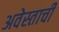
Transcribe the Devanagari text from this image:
अवेस्ताची